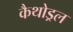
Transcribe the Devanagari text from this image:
कैथोड्रल